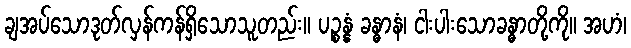
ချအပ်သောဒုတ်လှန်ကန်ရှိသောသူတည်း။ ပဉ္စန္နံ ခန္ဓာနံ၊ ငါးပါးသောခန္ဓာတို့ကို။ အဟံ၊